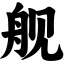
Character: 舰